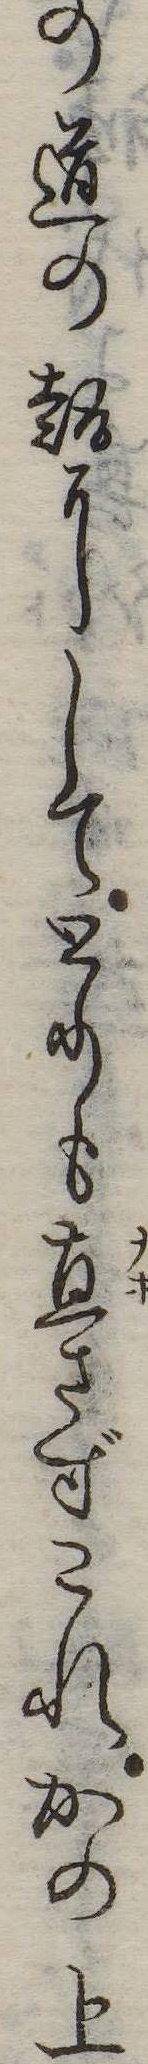
の道の趣にしてとりも直さずこれかの上